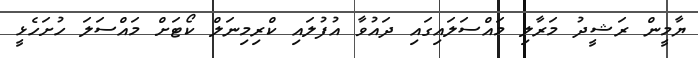
ޔާމީން ރަޝީދު މަރާލި މައްސަލައިގައި ދައުވާ އުފުލައި ކްރިމިނަލް ކޯޓަށް މައްސަލަ ހުށަހެޅީ